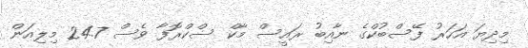
މިދިޔަ އަހަރު ފޭސްބުކްގެ ނާއިބު ރައީސް މާކް ސްކްރޮފާ ވެސް 24.7 މިލިއަން